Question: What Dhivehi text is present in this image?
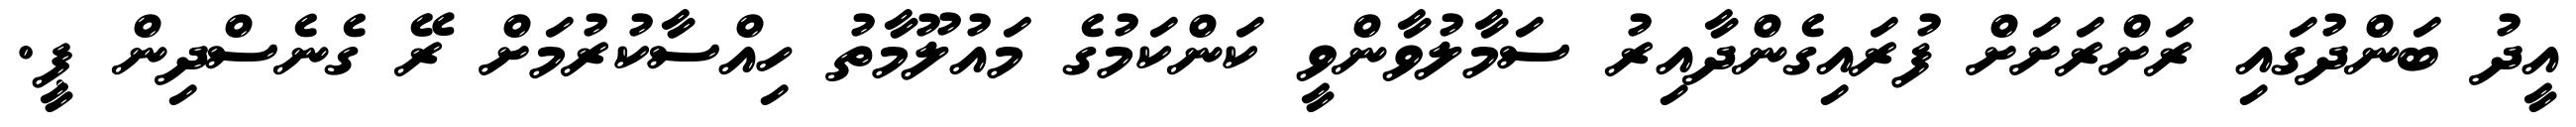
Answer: އީދު ބަންދުގައި ރަށްރަށަށް ފުރައިގެންދާއިރު ސަމާލުވާންވީ ކަންކަމުގެ މައުލޫމާތު ހިއްސާކުރުމަށް ރޭ ގެނެސްދިން ޕީ.